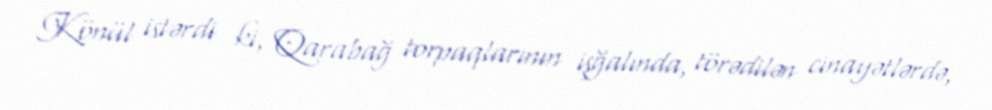
Könül istərdi ki, Qarabağ torpaqlarının işğalında, törədilən cinayətlərdə,